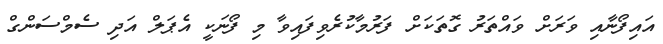
އައިފޯނާއި ވަރަށް ވައްތަރު ގޮތަކަށް ފަރުމާކުރެވިފައިވާ މި ފޯނަކީ އެޕަލް އަދި ސެމްސަންގް